Indian journal of veterinary science and animal husbandry - Volumes 28-29, 1958-1959
Year: 1958
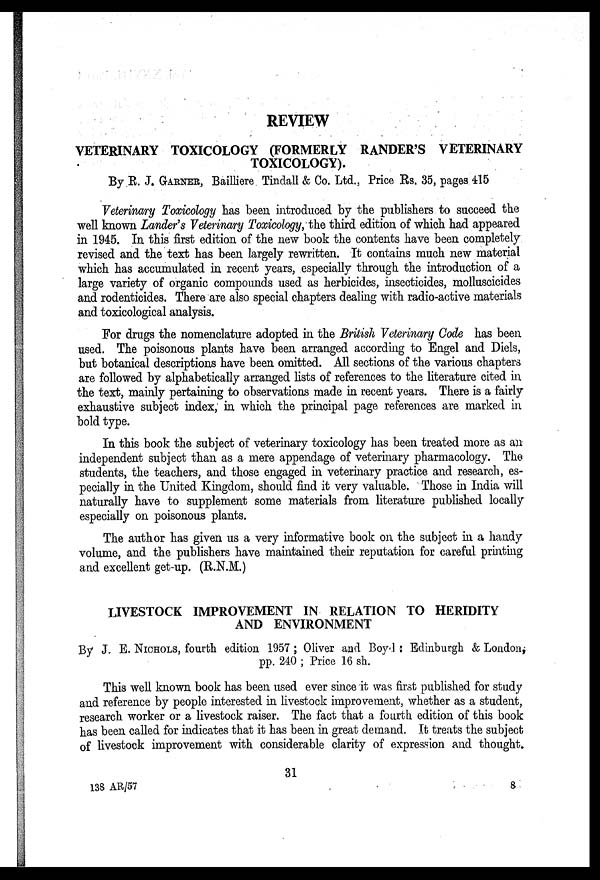
REVIEW
VETERINARY TOXICOLOGY (FORMERLY RANDER'S VETERINARY
TOXICOLOGY).
By R. J. GARNER, Bailliere Tindall & Co. Ltd., Price Rs. 35, pages 415
Veterinary Toxicology has been introduced by the publishers to succeed the
well known Lander's Veterinary Toxicology, the third edition of which had appeared
in 1945. In this first edition of the new book the contents have been completely
revised and the text has been largely rewritten. It contains much new material
which has accumulated in recent years, especially through the introduction of a
large variety of organic compounds used as herbicides, insecticides, molluscicides
and rodenticides. There are also special chapters dealing with radio-active materials
and toxicological analysis.
For drugs the nomenclature adopted in the British Veterinary Code has been
used. The poisonous plants have been arranged according to Engel and Diels,
but botanical descriptions have been omitted. All sections of the various chapters
are followed by alphabetically arranged lists of references to the literature cited in
the text, mainly pertaining to observations made in recent years. There is a fairly
exhaustive subject index, in which the principal page references are marked in
bold type.
In this book the subject of veterinary toxicology has been treated more as an
independent subject than as a mere appendage of veterinary pharmacology. The
students, the teachers, and those engaged in veterinary practice and research, es-
pecially in the United Kingdom, should find it very valuable. Those in India will
naturally have to supplement some materials from literature published locally
especially on poisonous plants.
The author has given us a very informative book on the subject in a handy
volume, and the publishers have maintained their reputation for careful printing
and excellent get-up. (R.N.M.)
LIVESTOCK IMPROVEMENT IN RELATION TO HERIDITY
AND ENVIRONMENT
By J. E. NICHOLS, fourth edition 1957 ; Oliver and Boy 1 : Edinburgh & London,
pp. 240 ; Price 16 sh.
This well known book has been used ever since it was first published for study
and reference by people interested in livestock improvement, whether as a student,
research worker or a livestock raiser. The fact that a fourth edition of this book
has been called for indicates that it has been in great demand. It treats the subject
of livestock improvement with considerable clarity of expression and thought.
31
138 AR/57
8